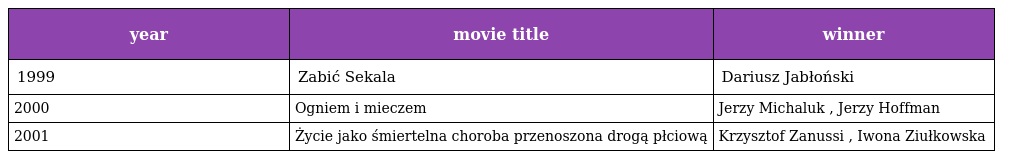
| year | movie title | winner |
 | --- | --- | --- |
 | 1999 | Zabić Sekala | Dariusz Jabłoński |
 | 2000 | Ogniem i mieczem | Jerzy Michaluk , Jerzy Hoffman |
 | 2001 | Życie jako śmiertelna choroba przenoszona drogą płciową | Krzysztof Zanussi , Iwona Ziułkowska |